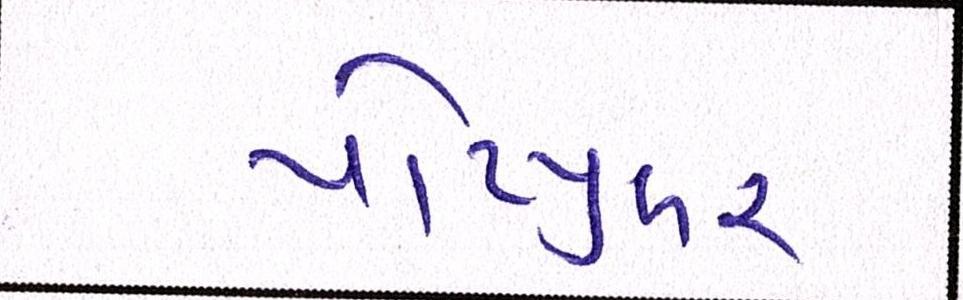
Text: પોપ્યુલર